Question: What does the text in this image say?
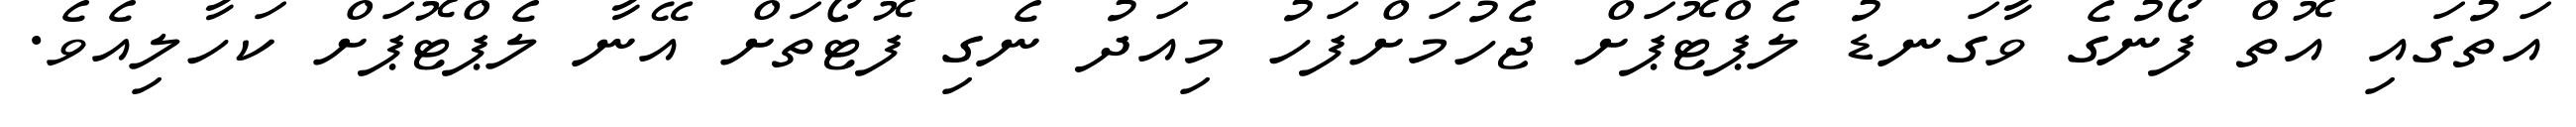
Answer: އަތުގައި އޮތް ފޯނުގެ ވާގަނޑު ލެޕްޓޮޕަށް ޖެހުމަށްފަހު މިއަދު ނެގި ފޮޓޯތަށް އޭނާ ލެޕްޓޮޕަށް ކަހާލިއެވެ.